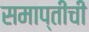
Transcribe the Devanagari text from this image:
समाप्तीची